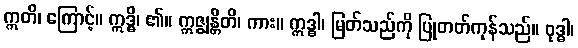
ဣတိ၊ ကြောင့်။ ဣဒ္ဓိ၊ ၏။ ဣဇ္ဈန္တီတိ၊ ကား။ ဣဒ္ဓါ၊ မြတ်သည်ကို ပြုတတ်ကုန်သည်။ ဝုဒ္ဓါ၊